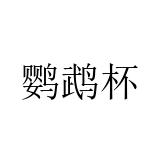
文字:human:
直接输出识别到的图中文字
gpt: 鹦鹉杯